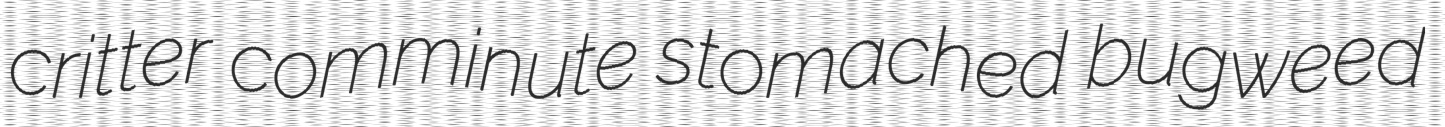
critter comminute stomached bugweed